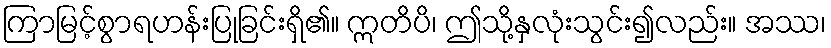
ကြာမြင့်စွာရဟန်းပြုခြင်းရှိ၏။ ဣတိပိ၊ ဤသို့နှလုံးသွင်း၍လည်း။ အဿ၊